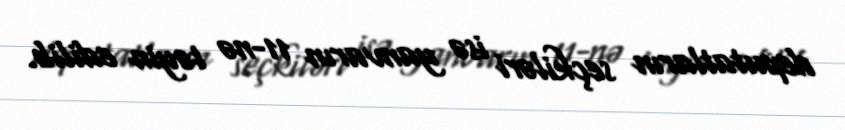
deputatların seçkiləri isə yanvarın 11-nə təyin edilib.